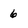
Character: 6